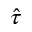
\hat { \tau }